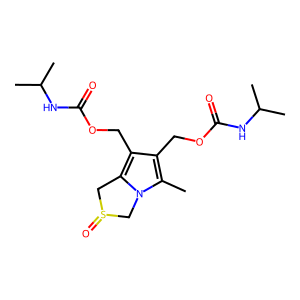
SMILES: Cc1c(COC(=O)NC(C)C)c(COC(=O)NC(C)C)c2n1CS(=O)C2
Inhibits HIV replication: No